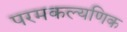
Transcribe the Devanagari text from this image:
परमकल्यणिक